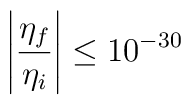
\left| \frac{\eta_f}{\eta_i} \right| \le 10^{-30}